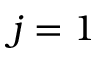
j = 1